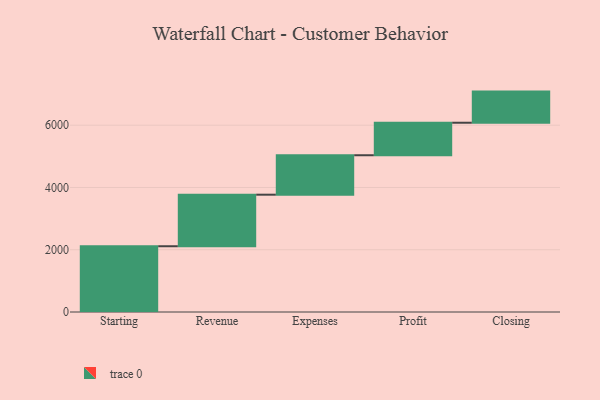
{"axis": {"x": "Step", "y": "Value"}, "legend": [""], "data": [{"x": "Starting", "y": 2112.0, "type": ""}, {"x": "Revenue", "y": 1656.0, "type": ""}, {"x": "Expenses", "y": 1267.0, "type": ""}, {"x": "Profit", "y": 1044.0, "type": ""}, {"x": "Closing", "y": 1000, "type": ""}]}